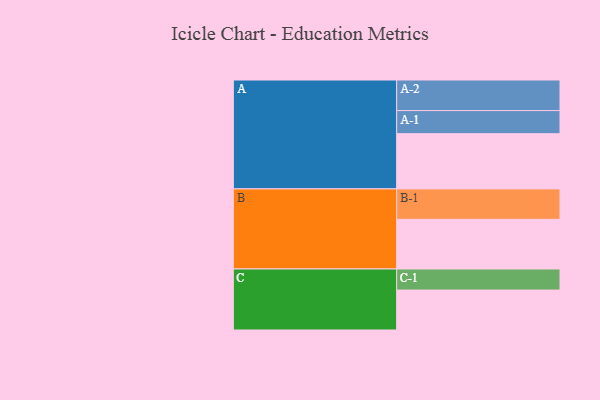
{"axis": {"x": "Segment", "y": "Value"}, "legend": ["", "A", "B", "C"], "data": [{"x": "A", "y": 437, "type": ""}, {"x": "B", "y": 393, "type": ""}, {"x": "C", "y": 316, "type": ""}, {"x": "A-1", "y": 183, "type": "A"}, {"x": "A-2", "y": 242, "type": "A"}, {"x": "B-1", "y": 241, "type": "B"}, {"x": "C-1", "y": 167, "type": "C"}]}